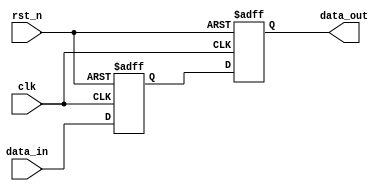
module sequential_logic (
    input wire clk,          // Clock signal
    input wire rst_n,       // Active-low reset signal
    input wire [3:0] data_in, // Input signal (4-bit)
    output reg [3:0] data_out // Output signal (4-bit)
);

// Internal state register
reg [3:0] current_state;

// Always block that is triggered on the rising edge of the clock
// and is sensitive to the reset signal
always @(posedge clk or negedge rst_n) begin
    if (!rst_n) begin
        // Reset logic: Initialize state
        current_state <= 4'b0000;    // Set to known value (reset)
        data_out <= 4'b0000;          // Initialize output as well
    end else begin
        // State update logic: Update current state based on inputs
        current_state <= data_in;     // Example state update from input
        data_out <= current_state;     // Update output to match current state
    end
end

endmodule